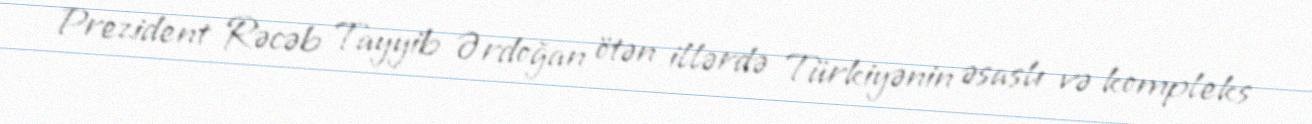
Prezident Rəcəb Tayyib Ərdoğan ötən illərdə Türkiyənin əsaslı və kompleks